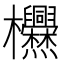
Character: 𱤶